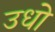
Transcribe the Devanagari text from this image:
उधो